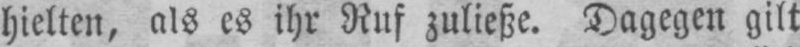
hielten, als es ihr Ruf zuließe. Dagegen gilt